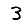
Digit: 3